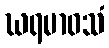
ဃရမာဝသံ